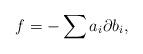
LaTeX: \begin{align*}f = - \sum a_i \partial b_i,\end{align*}